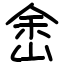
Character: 峹